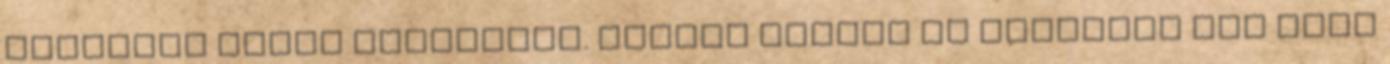
rebellis kínos szerepébe. Ország lassan de biztosan két szék